Indian journal of veterinary science and animal husbandry - Volumes 22-23, 1952-1953
Year: 1952
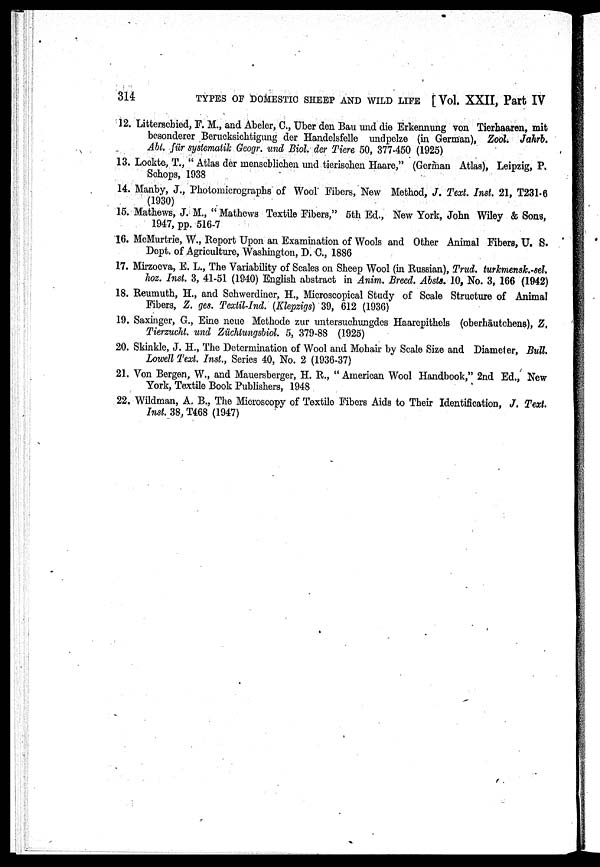
314
TYPES OF DOMESTIC SHEEP AND WILD LIFE [Vol. XXII, Part IV
12. Litterschied, F. M., and Abeler, C., Uber den Bau und die Erkennung von Tierhaaren, mit
besonderer Berucksichtigung der Handelsfelle undpelze (in German), Zool. Jahrb.
Abt. für systematik Geogr. und Biol. der Tiere 50, 377-450 (1925)
13. Lockte, T., " Atlas der menscblichen und tierischen Haare," (German Atlas), Leipzig, P.
Schops, 1938
14. Manby, J., Photomicrographs of Wool Fibers, New Method, J. Text. Inst. 21, T231-6
(1930)
15. Mathews, J. M., " Mathews Textile Fibers," 5th Ed., New York, John Wiley & Sons,
1947, pp. 516-7
16. McMurtrie, W., Report Upon an Examination of Wools and Other Animal Fibers, U. S.
Dept. of Agriculture, Washington, D. C., 1886
17. Mirzoeva, E. L., The Variability of Scales on Sheep Wool (in Russian), Trud. turkmensk.-sel.
hoz. Inst. 3, 41-51 (1940) English abstract in Anim. Breed. Absts. 10, No. 3, 166 (1942)
18. Reumuth, H., and Schwerdiner, H., Microscopical Study of Scale Structure of Animal
Fibers, Z. ges. Textil-Ind. (Khepzigs) 39, 612 (1936)
19. Saxinger, G., Eine neue Methode zur untersuchungdes Haarepithels (oberhäutchens), Z,
Tierzucht, und Züchtungsbiol. 5, 379-88 (1925)
20. Skinkle, J. H., The Determination of Wool and Mohair by Scale Size and Diameter, Bull.
Lowell Text. Inst., Series 40, No. 2 (1936-37)
21. Von Bergen, W., and Mauersberger, H. R., " American Wool Handbook," 2nd Ed., New
York, Textile Book Publishers, 1948
22. Wildman, A. B., The Microscopy of Textile Fibers Aids to Their Identification, J. Text.
Inst. 38, T468 (1947)